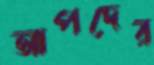
আপদের